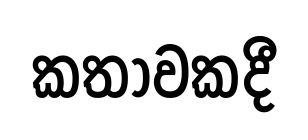
කතාවකදී